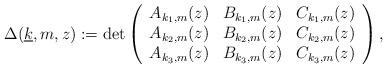
LaTeX: \begin{align*}\Delta(\underline{k},m,z) := \det\left(\begin{array}{ccc} A_{k_1,m}(z) & B_{k_1,m}(z)& C_{k_1,m}(z) \\A_{k_2,m}(z) & B_{k_2,m}(z)& C_{k_2,m}(z) \\A_{k_3,m}(z) & B_{k_3,m}(z)& C_{k_3,m}(z) \\ \end{array}\right),\end{align*}